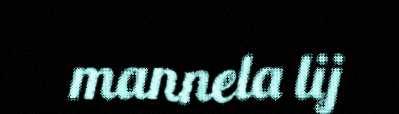
mannela lij